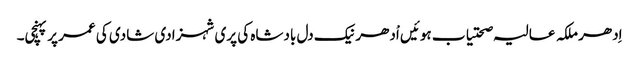
اِدھر ملکہ عالیہ صحتیاب ہوئیں اْدھر نیک دل بادشاہ کی پری شہزادی شادی کی عمر پر پہنچی۔